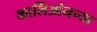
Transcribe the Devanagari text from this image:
कार्लिओनच्या